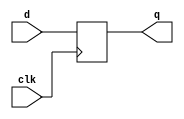
module d_ff #(
	parameter data_width = 8
	)
	(
	input clk,
	input [data_width-1:0] d,
	output reg[data_width-1:0] q
	);
	
	always @(posedge clk)
	begin
		q <= d;
	end
	
endmodule